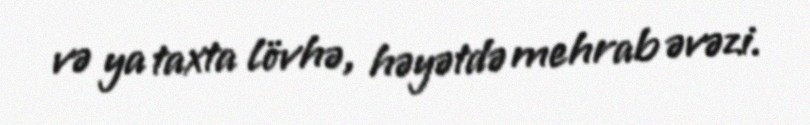
və ya taxta lövhə, həyətdə mehrab əvəzi.